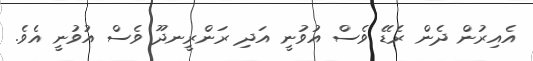
އެއިރުން ދެން ރެޑޭ ވެސް އުވުނީ އަދި ރަންރީނދޫ ވެސް އުވުނީ އެވެ.